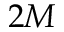
2 M